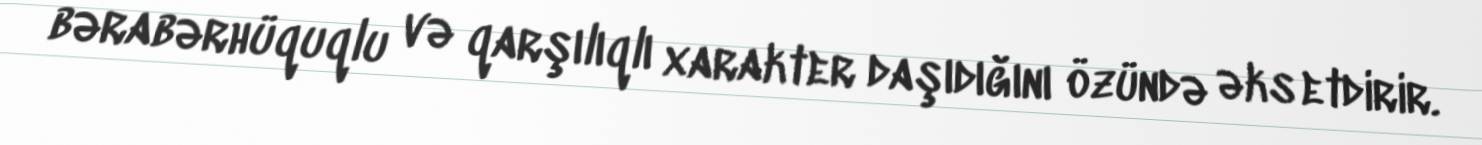
bərabərhüquqlu və qarşılıqlı xarakter daşıdığını özündə əks etdirir.